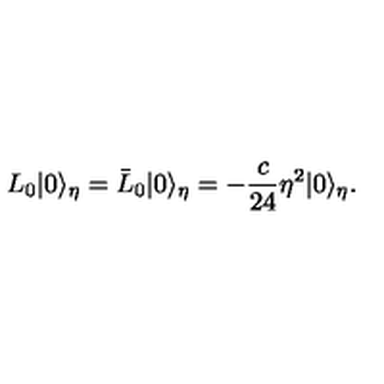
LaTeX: L _ { 0 } | 0 \rangle _ { \eta } = \bar { L } _ { 0 } | 0 \rangle _ { \eta } = - \frac { c } { 2 4 } \eta ^ { 2 } | 0 \rangle _ { \eta } .